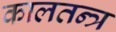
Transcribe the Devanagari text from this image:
कालतन्त्र